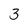
Character: 3